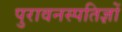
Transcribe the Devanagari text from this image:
पुरावनस्पतिज्ञों